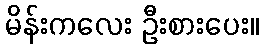
မိန်းကလေး ဦးစားပေး။